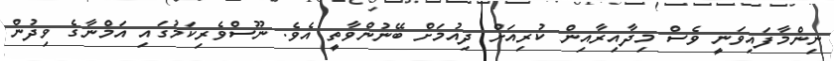
ނިންމާފައިވަނީ ވެސް މިދާއިރާއިން ކުރިއަށް ދިއުމަށް ބޭނުންވާތީ އެވެ. ނޫސްވެރިކަމުގައި އަމްނާގެ ވިދުން